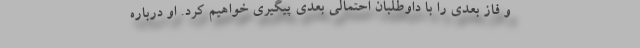
و فاز بعدی را با داوطلبان احتمالیِ بعدی پیگیری خواهیم کرد. او درباره